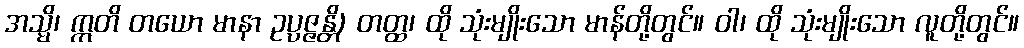
အသ္မိ၊ ဣတိ တယော မာနာ ဥပ္ပဇ္ဇန္တိ) တတ္ထ၊ ထို သုံးမျိုးသော မာန်တို့တွင်။ ဝါ၊ ထို သုံးမျိုးသော လူတို့တွင်။